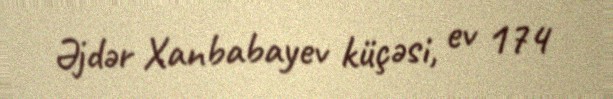
Əjdər Xanbabayev küçəsi, ev 174